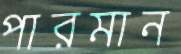
পারমান